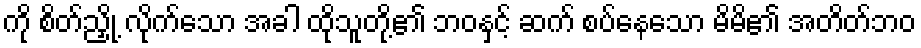
ကို စိတ်ညှို့ လိုက်သော အခါ ထိုသူတို့၏ ဘဝနှင့် ဆက် စပ်နေသော မိမိ၏ အတိတ်ဘဝ